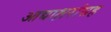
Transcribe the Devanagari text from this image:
आद्याक्षरांसह